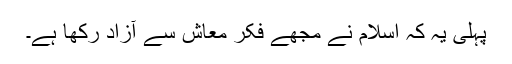
پہلی یہ کہ اسلام نے مجھے فکر معاش سے آزاد رکھا ہے۔